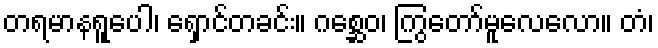
တရမာနရူပေါ၊ ရှောင်တခင်း။ ဂစ္ဆေဝ၊ ကြွတော်မူလေလော။ တံ၊